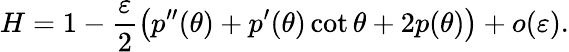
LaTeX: H=1-\frac\varepsilon 2\big(p^{\prime\prime}(\theta)+p^{\prime}(\theta)\cot\theta+2p(\theta)\big)+o(\varepsilon).